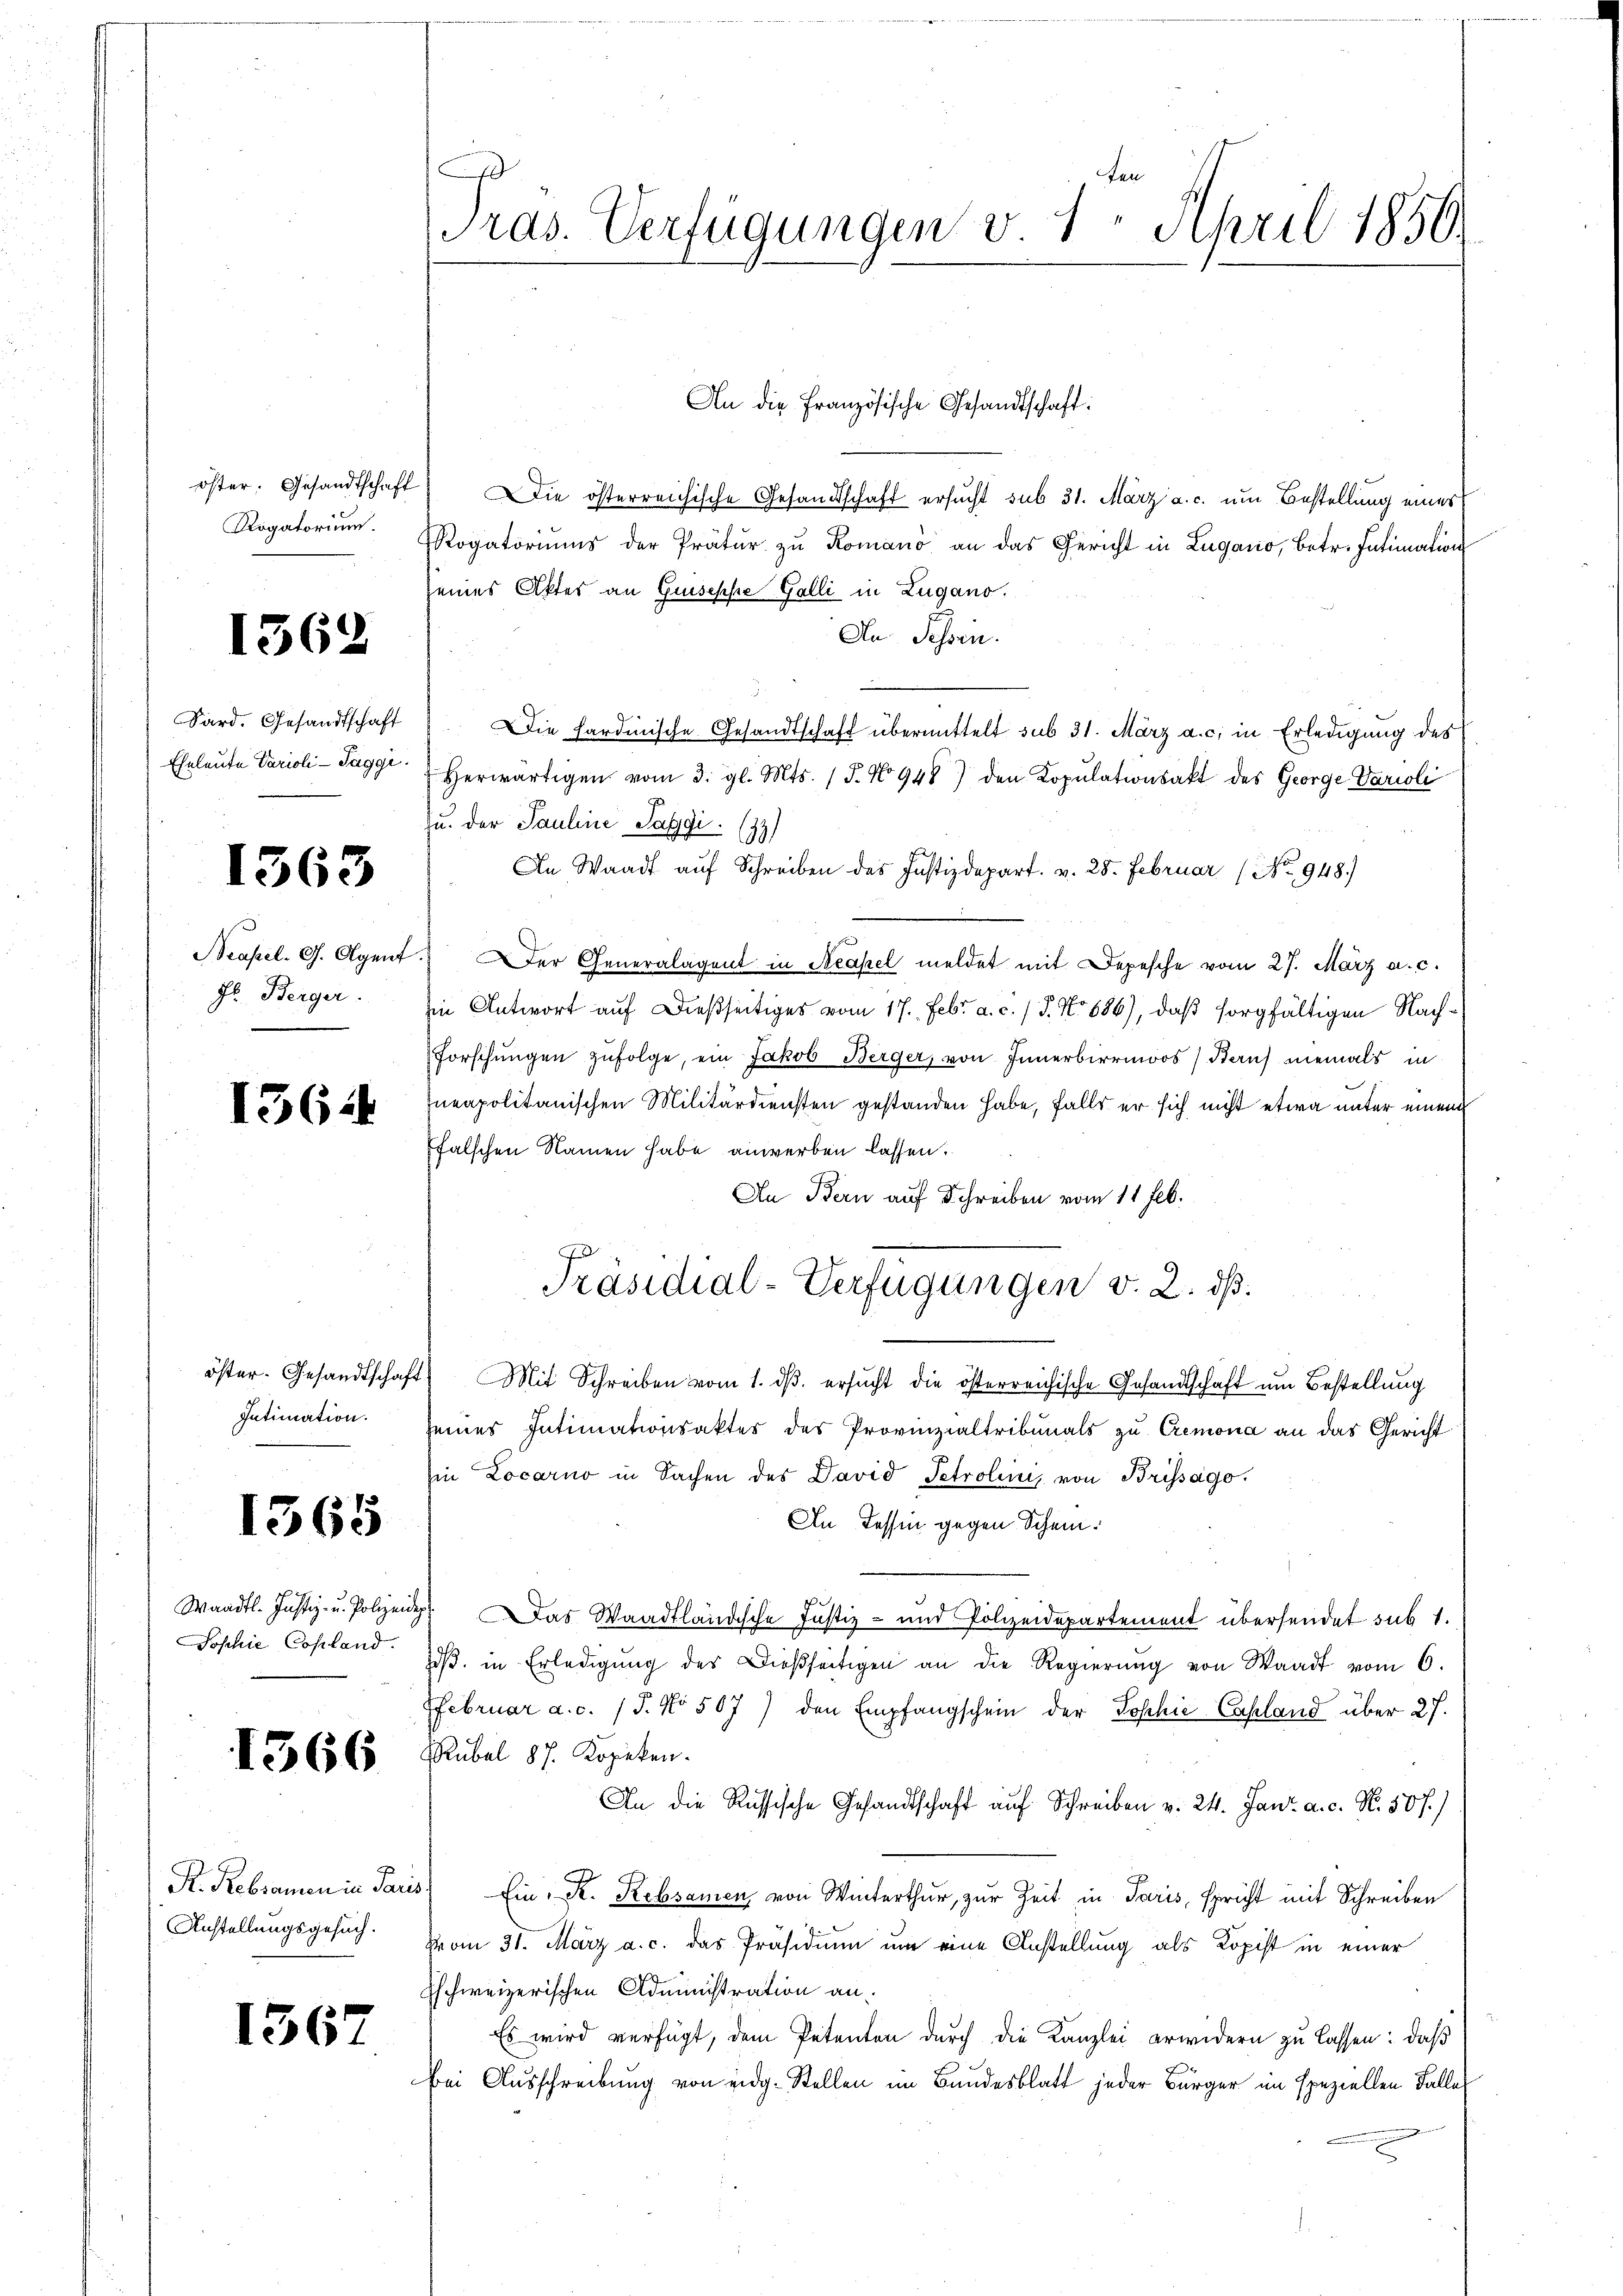
öster. Gesandtschaft
Rogatorium

1562

Sard. Gesandtschaft
Eheleute Varioli - Taggi

1363

Beapel. G. Agent.
Fr. Berger.

13644

öster. Gesandtschaft.
Intimation.

1365

Waadt. Justiz- u. Polizeide
Sophie Copland.

1566

R. Rebsamen in Paris
Anstellungsgesuch.

1367

ten
ras. Verfügungen v. 1. April 1850.

Die österreichische Gesandtschaft ersucht sub 31. März a. c. um Bestellung einer
Rogatoriums der Prätŭr zŭ Romano an das Gericht in Lugano, Betr. Intimation
seines Aktes an Guseppe Galli in Lugano.
An Schen.
Die Sardinische Gesandtschaft übermittelt sub 31. März a. c. in Erledigung des
herwärtigen vom 3. gl. Mts. (T. No 948) den Kopulationsakt des George Varioli
zu. der Pauline Saggi (93)
An Waadt auf Schreiben des Justizdepart. v. 28. Februar (No 948)
Der Generalagent in Neapel meldet mit Depesche vom 27. März a. c.
sin Antwort auf dießseitiges vom 17. Febr. a. c. / 5. No 686), daß sorgfältigen Nach¬
Forschungen zufolge, ein Jakob Berger, von Innerbirrmoos, Bauf niemals in
neapolitanischen Militärdiensten gestanden habe, falls er sich nicht etwa unter einem
Efalschen Namen habe anwerben lassen.
An Bern auf Schreiben vom 11 Feb.
Präsidial-Verfügungen v. 2. dß.
Mit Schreiben vom 1. dβ. ersucht die österreichische Gesandtschaft um Bestellung
seines Intimationsakter des Provinzialtribunals zu Cremona an das Gericht
in Locarno in Sachen des David Petrolini, von Brissago
An Tessin gegen Schein:
4
Das Waadtländische Justiz- und Polizeidepartement übersendet sub 1.
oβ in Erledigŭng des Dießseitigen an die Regierung von Waadt vom 6.
Ffebruar a.c. (T. No 567) den Empfangschein der Sophie Capland über 27.
Rubel 87. Kopeken.
An die Russische Gesandtschaft auf Schreiben v. 24. Jan. a. c. N. 50 f.)
Ein K. Rebsamen, von Winterthur, zur Zeit in Paris, spricht mit Schreiben
vom 31. März a. c. das Präsidium um eine Anstellung als Kopist in einer
Eschweizerischen Administration an.
Es wird verfügt, dem Petenten durch die Kanzlei erwidern zu lassen: daß
ei Ausschreibung von eidg. Stellen im Bundesblatt jeder Bürger im speziellen Falle

An die Französische Gesandtschaft: